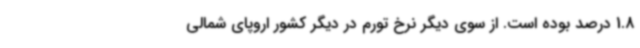
1.8 درصد بوده است. از سوی دیگر نرخ تورم در دیگر کشور اروپای شمالی